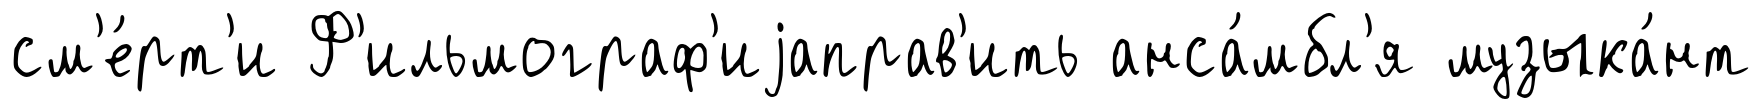
см'е́рт'и Ф'ильмограф'иjаправ'ить анса́мбл'я музыка́нт